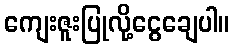
ကျေးဇူးပြုလို့ငွေချေပါ။